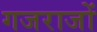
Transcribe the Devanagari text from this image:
गजराजों